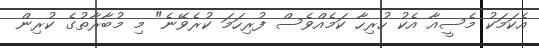
އެކަމަކު މެސީއާ އެކު ހުރިހާ ކަމެއްވެސް ފުރިހަމަ ކުރެވޭނެ" މި މުބާރާތުގެ ކުރިން